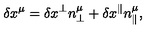
\delta x ^ { \mu } = \delta x ^ { \perp } n _ { \perp } ^ { \mu } + \delta x ^ { \parallel } n _ { \parallel } ^ { \mu } ,